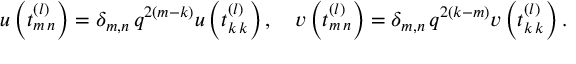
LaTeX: u \left( t _ { m \, n } ^ { ( l ) } \right) = \delta _ { m , n } \, q ^ { 2 ( m - k ) } u \left( t _ { k \, k } ^ { ( l ) } \right) , \quad v \left( t _ { m \, n } ^ { ( l ) } \right) = \delta _ { m , n } \, q ^ { 2 ( k - m ) } v \left( t _ { k \, k } ^ { ( l ) } \right) .